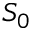
S _ { 0 }